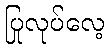
ပြုလုပ်လေ့